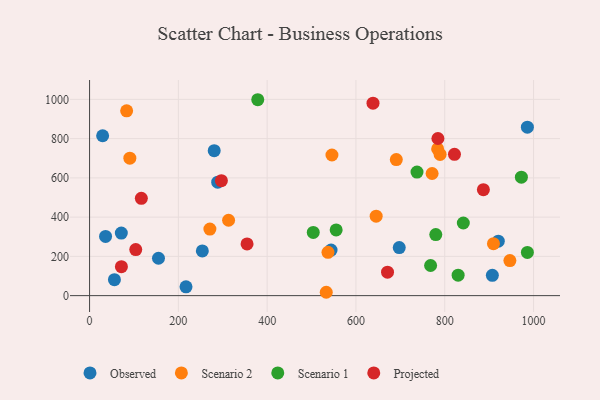
{"axis": {"x": "Speed", "y": "Rating"}, "legend": ["Observed", "Projected", "Scenario 1", "Scenario 2"], "data": [{"x": "907.2", "y": 103.4, "type": "Observed"}, {"x": "920.6", "y": 277.6, "type": "Observed"}, {"x": "29.4", "y": 814.6, "type": "Observed"}, {"x": "36.0", "y": 301.9, "type": "Observed"}, {"x": "697.5", "y": 244.8, "type": "Observed"}, {"x": "56.0", "y": 81.3, "type": "Observed"}, {"x": "155.2", "y": 190.5, "type": "Observed"}, {"x": "288.6", "y": 578.3, "type": "Observed"}, {"x": "71.5", "y": 318.9, "type": "Observed"}, {"x": "254.0", "y": 228.0, "type": "Observed"}, {"x": "986.1", "y": 858.5, "type": "Observed"}, {"x": "280.7", "y": 738.8, "type": "Observed"}, {"x": "543.9", "y": 232.2, "type": "Observed"}, {"x": "217.2", "y": 44.8, "type": "Observed"}, {"x": "946.7", "y": 178.7, "type": "Scenario 2"}, {"x": "771.5", "y": 622.2, "type": "Scenario 2"}, {"x": "545.9", "y": 716.6, "type": "Scenario 2"}, {"x": "533.1", "y": 17.1, "type": "Scenario 2"}, {"x": "313.1", "y": 384.1, "type": "Scenario 2"}, {"x": "909.7", "y": 264.7, "type": "Scenario 2"}, {"x": "83.5", "y": 941.6, "type": "Scenario 2"}, {"x": "645.5", "y": 405.1, "type": "Scenario 2"}, {"x": "690.9", "y": 693.0, "type": "Scenario 2"}, {"x": "271.0", "y": 338.9, "type": "Scenario 2"}, {"x": "784.0", "y": 747.5, "type": "Scenario 2"}, {"x": "90.7", "y": 700.6, "type": "Scenario 2"}, {"x": "537.0", "y": 220.5, "type": "Scenario 2"}, {"x": "789.5", "y": 719.5, "type": "Scenario 2"}, {"x": "503.8", "y": 321.8, "type": "Scenario 1"}, {"x": "737.5", "y": 629.6, "type": "Scenario 1"}, {"x": "768.1", "y": 153.4, "type": "Scenario 1"}, {"x": "986.1", "y": 220.1, "type": "Scenario 1"}, {"x": "378.8", "y": 998.2, "type": "Scenario 1"}, {"x": "555.4", "y": 335.0, "type": "Scenario 1"}, {"x": "972.6", "y": 603.8, "type": "Scenario 1"}, {"x": "841.8", "y": 370.0, "type": "Scenario 1"}, {"x": "830.1", "y": 104.4, "type": "Scenario 1"}, {"x": "779.8", "y": 311.2, "type": "Scenario 1"}, {"x": "821.9", "y": 719.9, "type": "Projected"}, {"x": "671.1", "y": 119.6, "type": "Projected"}, {"x": "116.6", "y": 495.8, "type": "Projected"}, {"x": "354.7", "y": 263.5, "type": "Projected"}, {"x": "104.0", "y": 234.6, "type": "Projected"}, {"x": "887.0", "y": 539.8, "type": "Projected"}, {"x": "784.6", "y": 800.6, "type": "Projected"}, {"x": "638.4", "y": 980.8, "type": "Projected"}, {"x": "296.9", "y": 585.7, "type": "Projected"}, {"x": "71.7", "y": 147.3, "type": "Projected"}]}